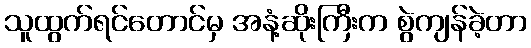
သူထွက်ရင်တောင်မှ အနံ့ဆိုးကြီးက စွဲကျန်ခဲ့တာ